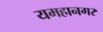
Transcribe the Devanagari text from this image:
यमहानगर